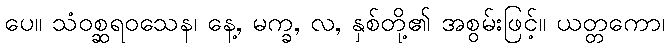
ပေ။ သံဝစ္ဆရဝသေန၊ နေ့, မက္ခ, လ, နှစ်တို့၏ အစွမ်းဖြင့်။ ယတ္တကော၊